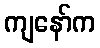
ကျနော်က